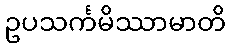
ဥပသင်္ကမိဿာမာတိ